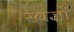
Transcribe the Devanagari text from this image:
खज्रों